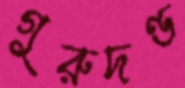
গুরুদণ্ড